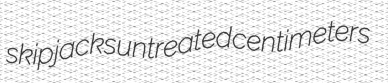
skipjacks untreated centimeters